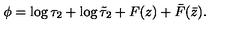
\phi = \log \tau _ { 2 } + \log \tilde { \tau } _ { 2 } + F ( z ) + \bar { F } ( \bar { z } ) .